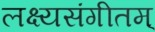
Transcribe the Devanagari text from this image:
लक्ष्यसंगीतम्‌